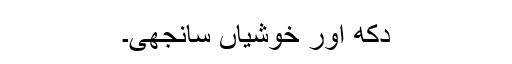
دکھ اور خوشیاں سانجھی۔